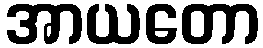
အာယတော